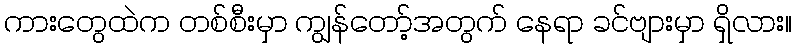
ကားတွေထဲက တစ်စီးမှာ ကျွန်တော့်အတွက် နေရာ ခင်ဗျားမှာ ရှိလား။